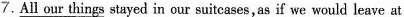
7.\underline{All our things } stayed in our suitcases, as if we would leave at